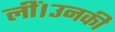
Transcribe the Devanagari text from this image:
लीं।उनकी